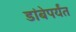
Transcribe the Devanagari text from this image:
डांबेपर्यंत